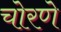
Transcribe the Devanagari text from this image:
चोरणे